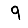
Digit: 9